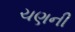
ચણની